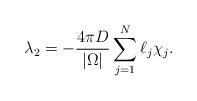
LaTeX: \begin{align*}\lambda_2=-\frac{4\pi D}{|\Omega|} \sum_{j=1}^N\ell_j\chi_j .\end{align*}